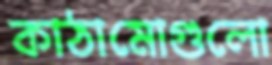
কাঠামোগুলো